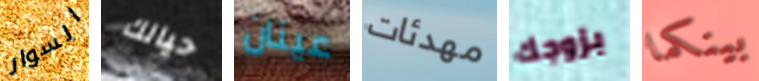
السوار حيالك عينان مهدئات بزوجك بينكما